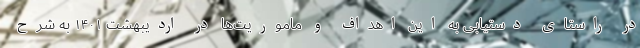
در راستای دستیابی به این اهداف و ماموریت‌ها در اردیبهشت ۱۴۰۱ به شرح